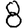
Digit: 8